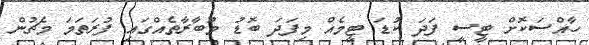
ހާއްސަކޮށް ޓީސީ ފަދަ ކުޑަ ޓީމެއް މިފަދަ ބޮޑު މުބާރާތެއްގައި ފުރަތަމަ މެޗުން